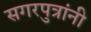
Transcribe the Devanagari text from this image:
सगरपुत्रांनी